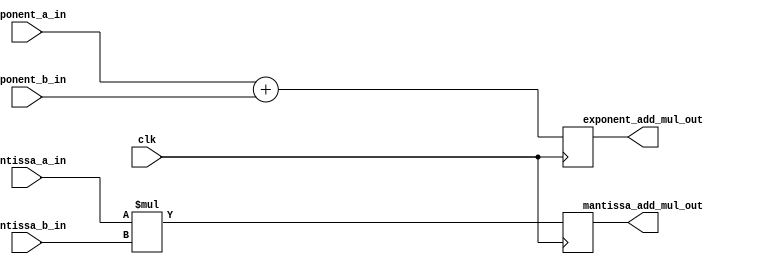
`timescale 1ns / 1ps
//////////////////////////////////////////////////////////////////////////////////
// 
// Design Name: 
// Module Name: fp32_multiplier_add_mul
// Project Name: 
// Target Devices: 
// Tool Versions: 
// Description: 
// 
// Dependencies: 
// 
// Revision:
// Revision 0.01 - File Created
// Additional Comments:
// 
//////////////////////////////////////////////////////////////////////////////////


module fp32_multiplier_add_mul_stage
#(
  parameter EXPONENT_WIDTH = 8,
  parameter MANTISSA_A_WIDTH = 24,
  parameter MANTISSA_B_WIDTH = 18
) (
  input  wire clk,
  input  wire signed [EXPONENT_WIDTH-1:0] exponent_a_in, exponent_b_in,
  input  wire signed [MANTISSA_A_WIDTH-1:0] mantissa_a_in,
  input  wire signed [MANTISSA_B_WIDTH-1:0] mantissa_b_in,
  output reg  signed [EXPONENT_WIDTH:0] exponent_add_mul_out,
  output reg  signed [MANTISSA_A_WIDTH+MANTISSA_B_WIDTH-1:0] mantissa_add_mul_out
);

  always @(posedge clk)
    begin
      exponent_add_mul_out <= exponent_a_in + exponent_b_in;
      mantissa_add_mul_out <= mantissa_a_in * mantissa_b_in;
    end
endmodule